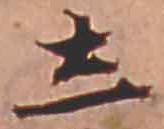
し